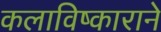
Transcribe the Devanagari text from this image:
कलाविष्काराने